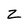
Character: Z